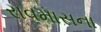
રાવમાસના